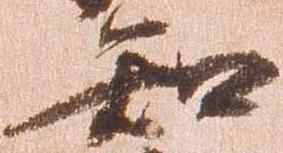
知